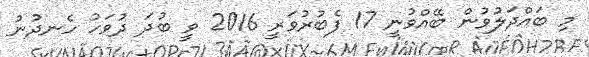
މި ބައްދަލުވުން ބޭއްވުނީ 17 ފެބުރުވަރީ 2016 ވީ ބުދަ ދުވަހު ހެނދުނު